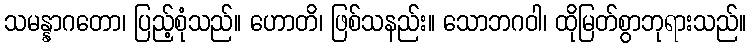
သမန္နာဂတော၊ ပြည့်စုံသည်။ ဟောတိ၊ ဖြစ်သနည်း။ သောဘဂဝါ၊ ထိုမြတ်စွာဘုရားသည်။